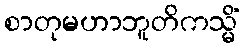
စာတုမဟာဘူတိကသ္မိံ